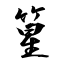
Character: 篂